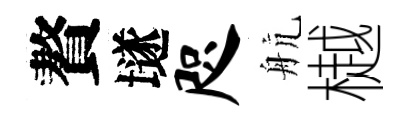
贅𡑞咫航樾